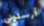
أرسلوني